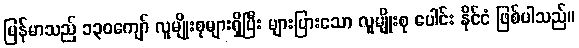
မြန်မာသည် ၁၃၀ကျော် လူမျိုးစုများရှိပြီး များပြားသော လူမျိုးစု ပေါင်း နိုင်ငံ ဖြစ်ပါသည်။